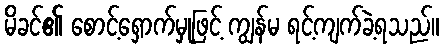
မိခင်၏ စောင့်ရှောက်မှုဖြင့် ကျွန်မ ရင့်ကျက်ခဲ့ရသည်။